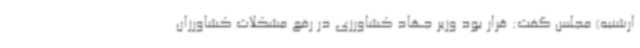
ارشنبه) مجلس گفت: قرار بود وزیر جهاد کشاورزی در رفع مشکلات کشاورزان